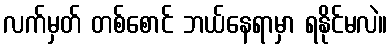
လက်မှတ် တစ်စောင် ဘယ်နေရာမှာ ရနိုင်မလဲ။